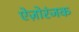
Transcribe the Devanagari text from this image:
ऐज़ोरंजक